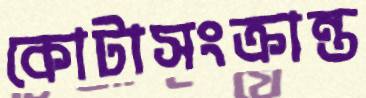
কোটাসংক্রান্ত